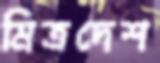
মিত্রদেশ